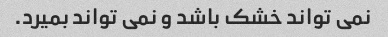
نمی تواند خشک باشد و نمی تواند بمیرد.